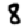
Digit: 8